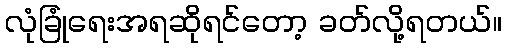
လုံခြုံရေးအရဆိုရင်တော့ ခတ်လို့ရတယ်။